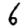
Digit: 6